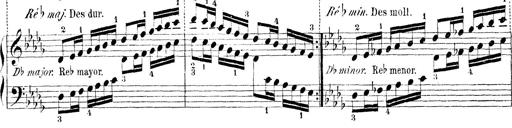
Title: Technische Studien
Composer: Franz Liszt